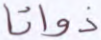
ذواتا